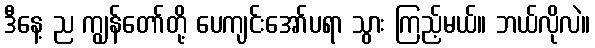
ဒီနေ့ ည ကျွန်တော်တို့ ပေကျင်းအော်ပရာ သွား ကြည့်မယ်။ ဘယ်လိုလဲ။